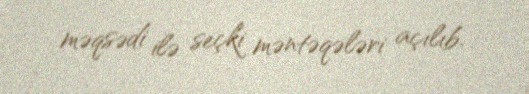
məqsədi ilə seçki məntəqələri açılıb.